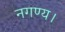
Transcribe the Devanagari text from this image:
नगण्य।